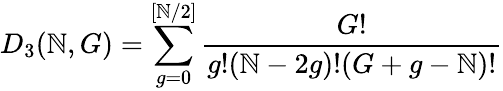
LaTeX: D_{3}(\mathbb{N},G)=\sum_{g=0}^{[\mathbb{N}/2]}\frac{{G!}}{{g!(\mathbb{N}-2g)!(G+g-\mathbb{N})!}}